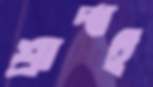
শ্রাদ্ধই